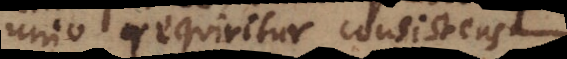
unio requiritur consistens